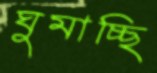
ঘুমাচ্ছি